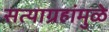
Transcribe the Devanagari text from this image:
सत्याग्रहांमुळे